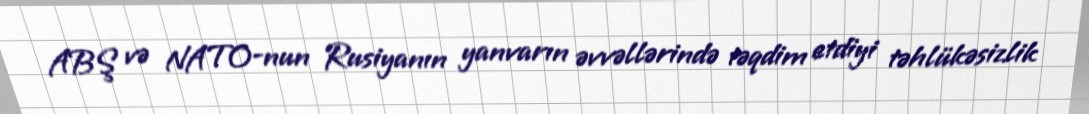
ABŞ və NATO-nun Rusiyanın yanvarın əvvəllərində təqdim etdiyi təhlükəsizlik